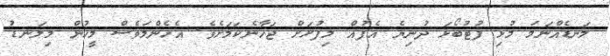
ލަނޑެއްނަމަ މުޅި ފުޓުބޯޅަ ދުނިޔެ އެފުއް މިފުށަށް ޖަހާނެކަމަށެވެ. އެހެންމަވެސް މީހުން މިލަނޑު